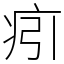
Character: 㽼